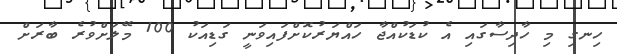
ހިނގި މި ހާދިސާގައި އެ ކުޑަކުއްޖާ ހައްޔަރުކޮށްފައިވަނީ ގަޑިއަކު 100 މޭލަށްވުރެ ބާރަށް